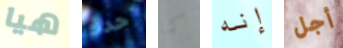
هيا حدث كما إنه أجل